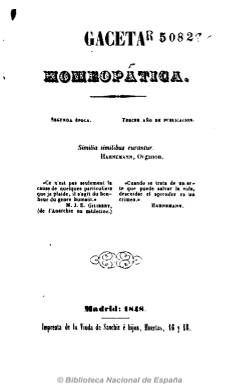
Título: Gaceta homeopática
Colección: Homeopatía
Ámbito geográfico: Madrid
Lugar de publicación: Madrid
Fechas: 01/01/1848-30/08/1849

Aparece en julio de 1847, siendo continuación de la revista La Homeopatía (1846-1847), que había publicado su último número el 25 de marzo de ese año. Al igual que la anterior, la sigue dirigiendo el médico-cirujano homeópata Pío Hernández y Espeso, acompañado ahora en la dirección por su colega Robustiano de Torres Villanueva, aunque Hartzenbusch (1894) indica que durante su primer año en publicación estuvo dirigida por José Sebastián Coll Cochet (1781-1849). Además de los citados, entre sus redactores y colaboradores se encuentran los también médicos homeópatas Román Fernández del Río, Rafael Alonso Pardo, Andrés Merino y Torija, Ramón Castillo y José María Gil.

Asimismo, en su primer artículo expresa que la revista contará con la colaboración de Bernardo Sainz Pardo, Cipriano Domínguez Ervella, José Pérez Vallo, Félix Basas, Francisco Gual, Francisco de Paula Caldas, Joaquín González, Antonio Rojas, Pascual Valcanera, Paulino Molina, Pedro Rino, Pedro Ysarch y Armengol Sala.

Su subtítulo es “periódico de propaganda exclusivamente de esta doctrina”, que a partir de su entrega del seis de junio de 1849 cambiará a: “periódico oficial interino del Instituto Homeopático Español”, que este año será creado por el grupo de médicos homeópatas madrileños en pugna con los de la Sociedad Hahnemanniana Matritense.

Las entregas de 1847 corresponden a su “segunda época”, además de indicar que está en su tercer año en publicación, pues hay que tener en cuenta que en 1845 apareció con el título Gaceta homeopática de Madrid, mientras que, en 1848, indicará “2ª serie” y cuarto año en publicación.

Sus contenidos se publican bajo las secciones de crítica-filosófica, comunicados, revista de periódicos, variedades, bibliografía y la de artículos científicos (numerosos de ellos traducidos). En sus páginas sigue reflejada la polémica que este grupo de homeópatas españoles mantiene con los del Boletín oficial de la Sociedad Hahnemanniana Matritense (1846-1851), y con otras publicaciones, como Gaceta médica (1845-1853) y los periódicos La Facultad (1845-1847) y La Verdad.

Su estructura formal es parecida a la de sus títulos predecesores, en entregas de 24 páginas, que aparecen cada quincena (ahora los días 15 y 30 de cada mes), compuestas a una columna, y con paginación continuada, formando dos tomos, cada uno de ellos con un índice, al final. Este título será continuado por El Propagador (1850). José Hernández Sanz es autor de la historia de la prensa homeopática española (1999).